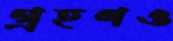
গ্রহণও